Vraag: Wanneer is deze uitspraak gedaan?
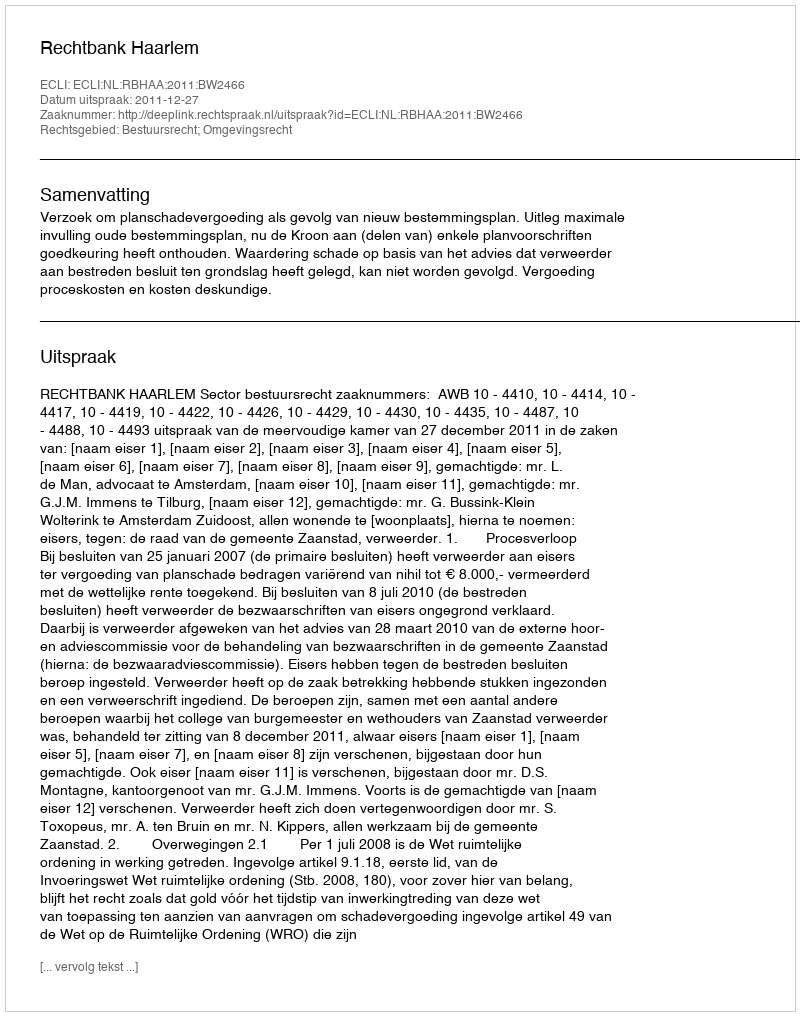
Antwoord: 2011-12-27